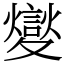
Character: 夑